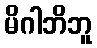
မိဂါဘိဘူ